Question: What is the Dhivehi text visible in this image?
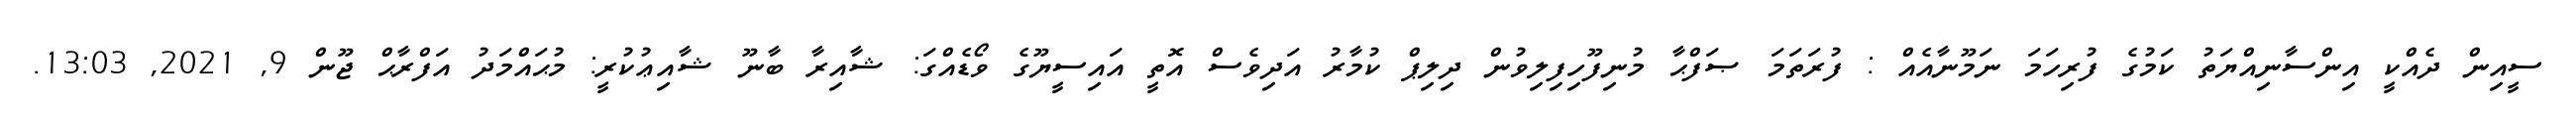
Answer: ސީއިން ދެއްކީ އިންސާނިއްޔަތު ކަމުގެ ފުރިހަމަ ނަމޫނާއެއް : ފުރަތަމަ ޞަފްޙާ މުނިފޫހިފިލިވުން ދިލިޕް ކުމާރު އަދިވެސް އޮތީ އައިސީޔޫގެ ވޯޑެއްގަ: ޝާއިރާ ބާނޫ ޝާއިޢުކުރީ: މުޙައްމަދު އަފްރާޙް ޖޫން 9, 2021, 13:03.